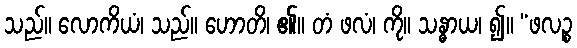
သည်။ လောကိယံ၊ သည်။ ဟောတိ၊ ၏။ တံ ဖလံ၊ ကို။ သန္ဓာယ၊ ၍။ “ဖလဉ္စ